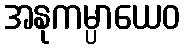
အနုကမ္ပာယေဝ